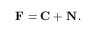
\mathbf { F } = \mathbf { C } + \mathbf { N } \, .